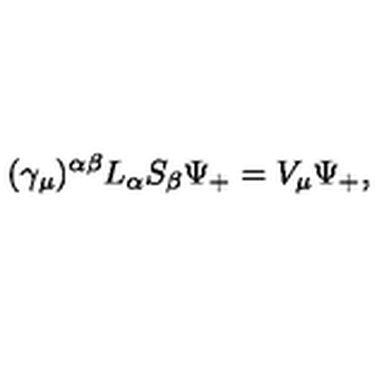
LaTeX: ( \gamma _ { \mu } ) ^ { \alpha \beta } L _ { \alpha } S _ { \beta } \Psi _ { + } = V _ { \mu } \Psi _ { + } ,